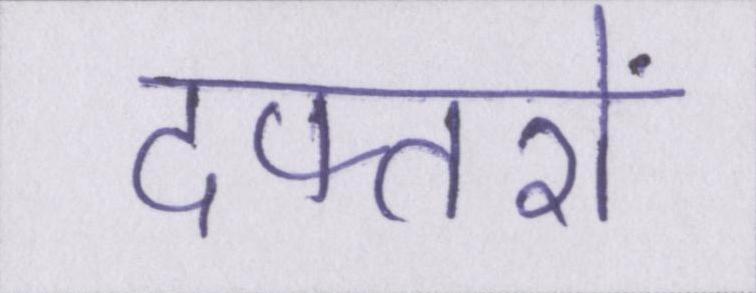
दफ्तरों